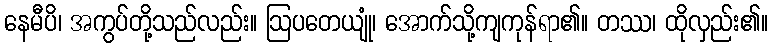
နေမီပိ၊ အကွပ်တို့သည်လည်း။ ဩပတေယျုံ၊ အောက်သို့ကျကုန်ရာ၏။ တဿ၊ ထိုလှည်း၏။